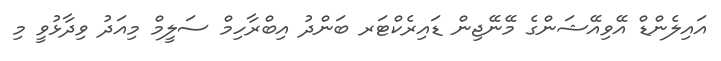
އައިލެންޑް އޭވިއޭޝަންގެ މޭނޭޖިން ޑައިރެކްޓަރ ބަންދު އިބްރާހިމް ސަލީމް މިއަދު ވިދާޅުވީ މި